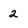
Character: 2